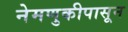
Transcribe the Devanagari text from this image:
नेमणुकीपासून